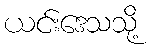
ယင်းဒေသသို့